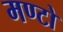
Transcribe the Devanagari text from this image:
मण्टो